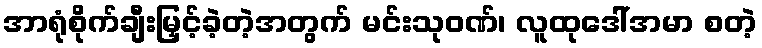
အာရုံစိုက်ချီးမြှင့်ခဲ့တဲ့အတွက် မင်းသုဝဏ်၊ လူထုဒေါ်အမာ စတဲ့